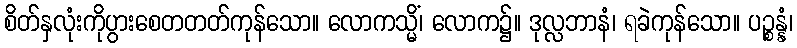
စိတ်နှလုံးကိုပွားစေတတတ်ကုန်သော။ လောကသ္မိံ၊ လောက၌။ ဒုလ္လဘာနံ၊ ရခဲကုန်သော။ ပဉ္စန္နံ၊